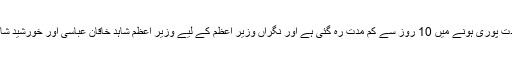
واضح رہے کہ موجودہ حکومت کی مدت پوری ہونے میں 10 روز سے کم مدت رہ گئی ہے اور نگراں وزیر اعظم کے لیے وزیر اعظم شاہد خاقان عباسی اور خورشید شاہ کے درمیان کئی ملاقاتیں ہوچکی ہیں۔